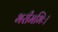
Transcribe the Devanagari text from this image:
भरीमभिः।